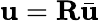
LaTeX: \mathbf{u}=\mathbf{R}\bar{\mathbf{u}}